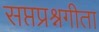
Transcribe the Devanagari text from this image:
सप्तप्रश्नगीता